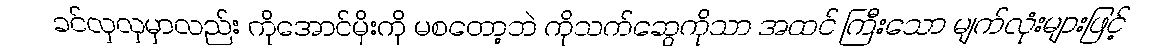
ခင်လှလှမှာလည်း ကိုအောင်မိုးကို မစတော့ဘဲ ကိုသက်ဆွေကိုသာ အထင် ကြီးသော မျက်လုံးများဖြင့်